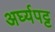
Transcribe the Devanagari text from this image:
अर्घ्यपट्ट